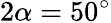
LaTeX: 2\alpha=50^{\circ}